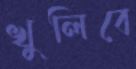
খুলিবে